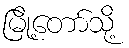
မြို့တော်သို့